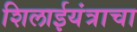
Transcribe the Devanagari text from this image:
शिलाईयंत्राचा